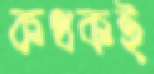
কথকই